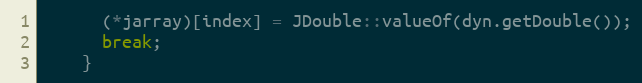
Language: C++
      (*jarray)[index] = JDouble::valueOf(dyn.getDouble());
      break;
    }